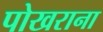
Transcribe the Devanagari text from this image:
पोखराना